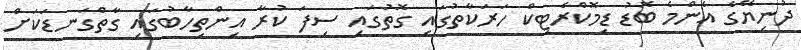
ދުނިޔޭގެ އެންމެ ބޮޑު ޑިމޮކްރެޓިކް ހަރަކާތުގައި ގޮތުގައި ސިފަ ކުރާ އިންތިހާބުގައި ގާތްގަނޑަކަށް